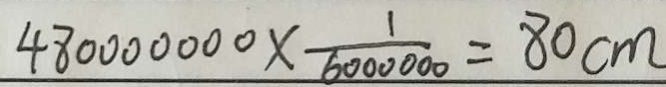
4 8 0 0 0 0 0 0 0 \times \frac { 1 } { 6 0 0 0 0 0 0 } = 8 0 c m